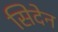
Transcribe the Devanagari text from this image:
सिदेन